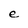
Character: e